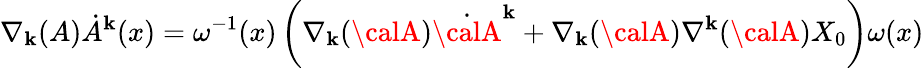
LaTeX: \nabla_{\mathbf{k}}(A)\dot{{A}}^{\mathbf{k}}(x)=\omega^{-1}(x)\left(\nabla_{\mathbf{k}}({\calA}){\dot{{\calA}}}^{\mathbf{k}}+\nabla_{\mathbf{k}}({\calA})\nabla^{\mathbf{k}}({\calA})X_{0}\right)\omega(x)